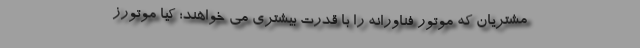
مشتریان که موتور فناورانه را با قدرت بیشتری می خواهند؛ کیا موتورز